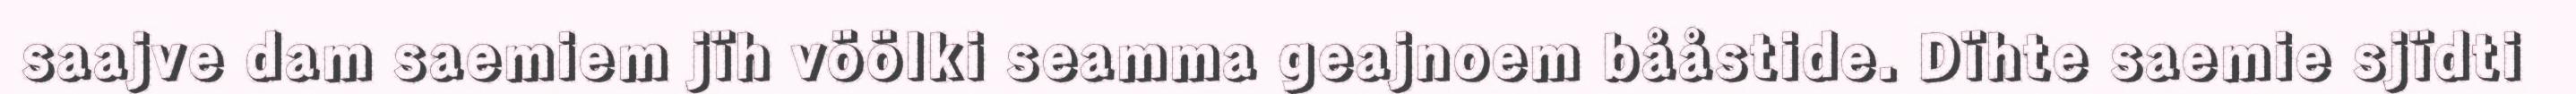
saajve dam saemiem jïh vöölki seamma geajnoem bååstide. Dïhte saemie sjïdti